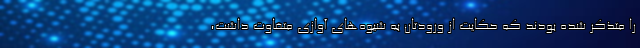
را متذکر شده‌ بودند که حکایت از ورودتان به شیوه‌های آوازی متفاوت داشت،